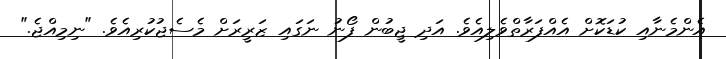
އެންމެނާއި ކުޑަކޮށް އެއްފަރާތްވެލިއެވެ. އަދި ޖީބުން ފޯނު ނަގައި ޒަރީރަށް މެސެޖުކުރިއެވެ. "ނިމިއްޖެ."